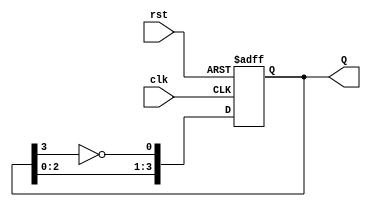
module johnson_counter (
    input wire clk,          // Clock signal
    input wire rst,          // Asynchronous reset signal
    output reg [3:0] Q       // 4-bit output representing the counter state
);

    // Always block to implement the Johnson Counter behavior
    always @(posedge clk or posedge rst) begin
        if (rst) begin
            Q <= 4'b0000;      // Reset counter to known state (0000)
        end else begin
            Q[0] <= ~Q[3];     // Input of first flip-flop is inverted output of the last flip-flop
            Q[3:1] <= Q[2:0];  // Shift the bits through the flip-flops
        end
    end

endmodule